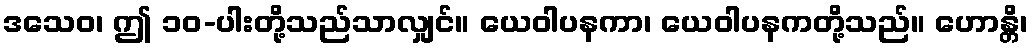
ဒသေဝ၊ ဤ ၁၀-ပါးတို့သည်သာလျှင်။ ယေဝါပနကာ၊ ယေဝါပနကတို့သည်။ ဟောန္တိ၊